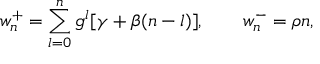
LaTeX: w _ { n } ^ { + } = \sum _ { l = 0 } ^ { n } g ^ { l } [ \gamma + \beta ( n - l ) ] , \qquad w _ { n } ^ { - } = \rho n ,